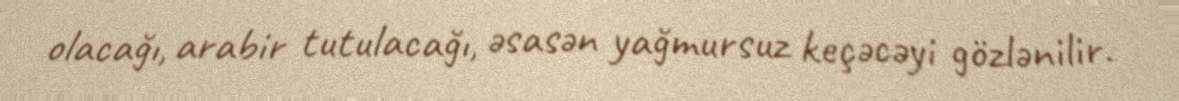
olacağı, arabir tutulacağı, əsasən yağmursuz keçəcəyi gözlənilir.